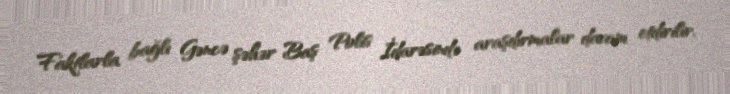
Faktlarla bağlı Gəncə şəhər Baş Polis İdarəsində araşdırmalar davam etdirilir.